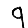
Digit: 9